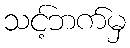
သင့်ဘက်မှ